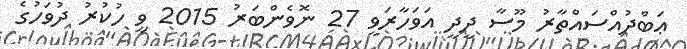
ޢަބްދުއްސައްތާރު މޫސާ ދީދީ އަވަހާރަވީ 27 ނޮވެންބަރު 2015 ވީ ހުކުރު ދުވަހުގެ